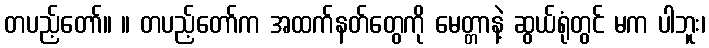
တပည့်တော်။ ။ တပည့်တော်က အထက်နတ်တွေကို မေတ္တာနဲ့ ဆွယ်ရုံတွင် မက ပါဘူး၊